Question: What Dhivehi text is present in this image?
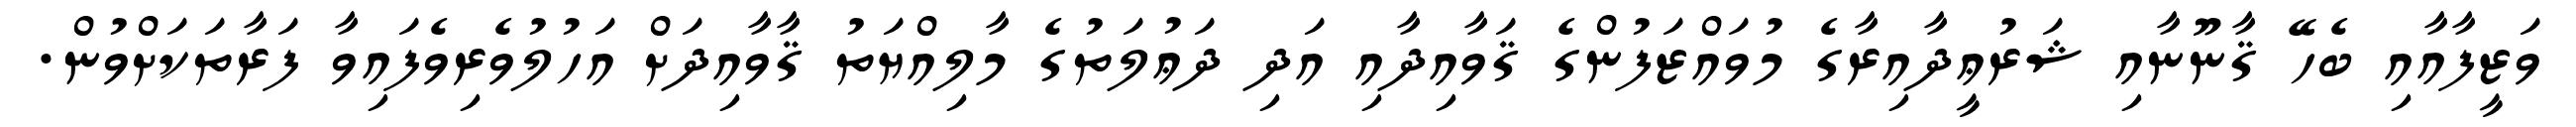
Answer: ވަޒީފާއާއި ބެހޭ ޤާނޫނާއި ޝަރުޢީދާއިރާގެ މުވައްޒަފުންގެ ޤަވާއިދާއި އަދި ދަޢުލަތުގެ މާލިއްޔަތު ޤާވާއިދަށް އަހުލުވެރިވެފައިވާ ފަރާތަކަށްވުން.